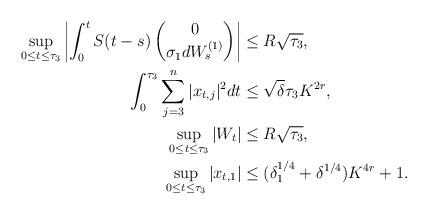
LaTeX: \begin{align*}\sup_{0 \le t \le \tau_3}\left|\int_0^t S(t-s)\begin{pmatrix}0 \\ \sigma_1 dW_s^{(1)} \\ \end{pmatrix}\right| &\le R \sqrt{\tau_3}, \\ \int_0^{\tau_3} \sum_{j=3}^n |x_{t,j}|^2 dt & \le \sqrt{\delta} \tau_3 K^{2r}, \\\sup_{0 \le t \le \tau_3} |W_t| &\le R \sqrt{\tau_3}, \\ \sup_{0 \le t \le \tau_3} |x_{t,1}| &\le (\delta_1^{1/4}+ \delta^{1/4})K^{4r} + 1.\end{align*}